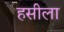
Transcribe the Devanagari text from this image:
हसीला